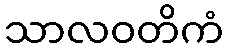
သာလဝတိကံ